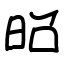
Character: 𫞃